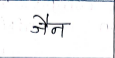
मजकूर: जैन